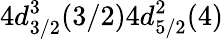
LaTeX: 4d_{3/2}^{3}(3/2)4d_{5/2}^{2}(4)